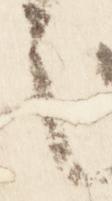
之